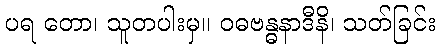
ပရ တော၊ သူတပါးမှ။ ဝဓဗန္ဓနာဒီနိ၊ သတ်ခြင်း